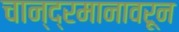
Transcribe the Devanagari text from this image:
चान्द्रमानावरून